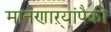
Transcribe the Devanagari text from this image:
मानणाऱ्यांपैकी